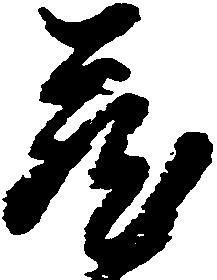
蔵